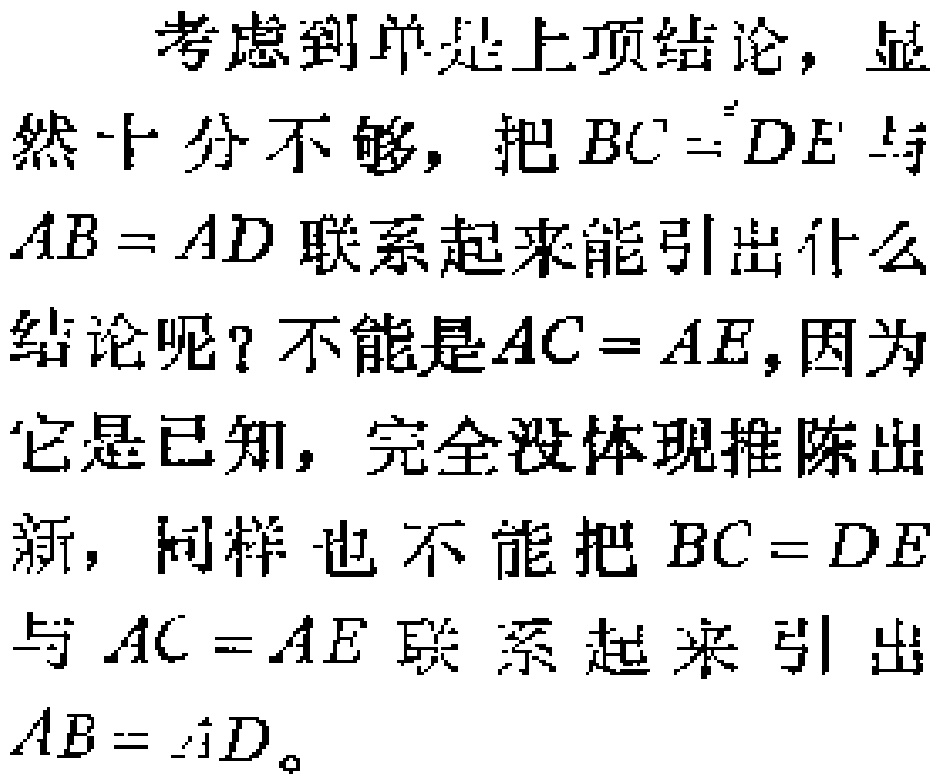
考虑到单是上项结论，显然十分不够，把 \(BC = DE\) 与 \(AB = AD\) 联系起来能引出什么结论呢？不能是 \(AC = AE\)，因为它是已知，完全没体现推陈出新，同样也不能把 \(BC = DE\) 与 \(AC = AE\) 联系起来引出 \(AB = AD\)。